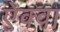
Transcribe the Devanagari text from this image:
ऐक्वा